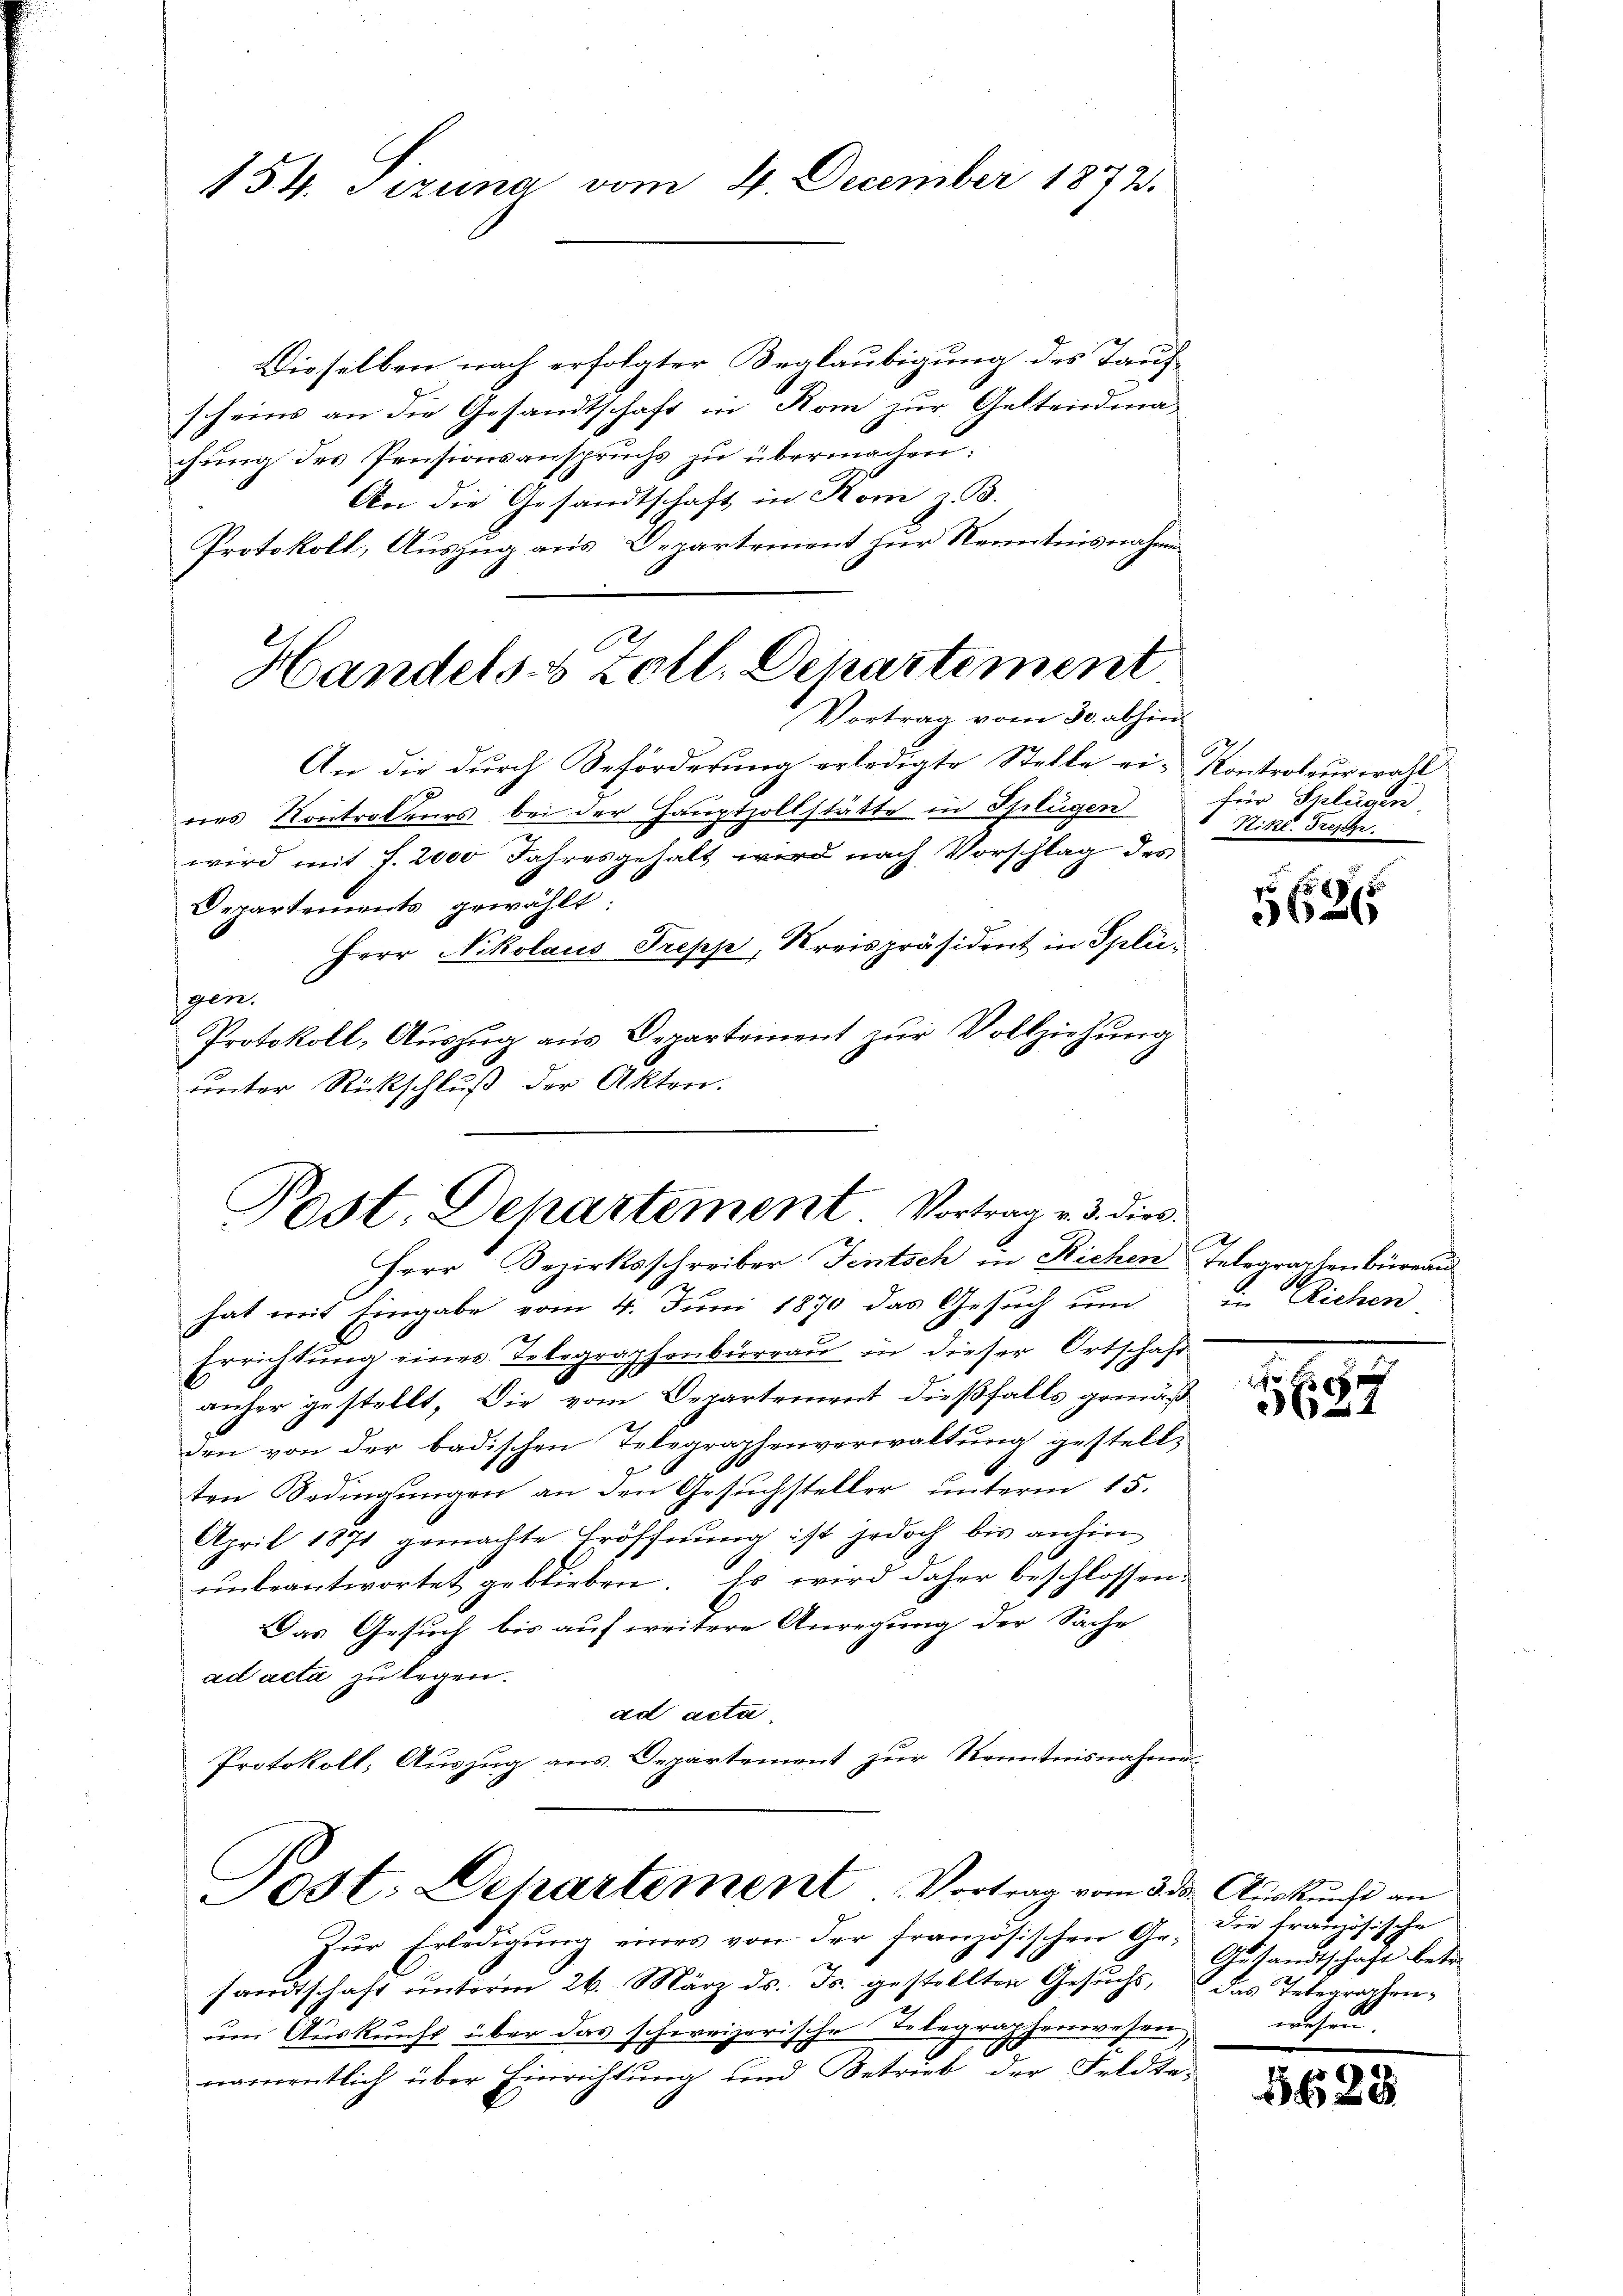
Dieselben nach erfolgter Beglaubigung des Taufscheins an die Gesandtschaft in Rom zur Geltendma-
chung des Pensionsanspruchs zu übermachen:
An die Gesandtschaft in Rom z. B.
Protokoll, Auszug aus Departement zur Kenntnisnahme
An die durch Beförderung erledigte Stelle ei- Kontroleur wahl
res Kontroleurs bei der Hauptzollstätte in Splügen
wird mit f. 2000 Jahresgehalt wird nach Vorschlag des
Departements gewählt
Herr Nikolaus Trepp, Kreispräsident in Splügen.
Protokoll, Aŭszŭg aŭs Departement zŭr Vollziehung
unter Rückschluß der Akten.

154. Sizung vom 4. December 1873.

Handels- & Zoll, Departement
Vortrag vom 30. abhin

Post, Dehartement. Vortrag v. 3. dies
Herr Bezirksschreiber Fentsch in Richen Telegraphenbüreau

hat mit Eingabe vom 4. Juni 1870 das Gesuch um in Richen
Errichtung eines Telegraphenbürrau in dieser Ortschaft
anher gestellt. Die vom Departement dießfalls gemäß
den von der badischen Telegraphenverwaltung gestellten Bedingŭngen an den Gesŭchsteller unterm 15.
April 1871 gemachte Eröffnung ist jedoch bis anhin
unbeantwortet geblieben. Es wird daher beschlossen:
Das Gesuch bis auf weitere Anregung der Sache
ad acta zu legen.
ad acta
Protokoll, Auszug aus. Departement zur Kenntnisnahme

Tost: Departement Vortrag vom 3. Aŭskŭnft an

für Sklügen.
Nikl. Treppe

Zŭr Erledigŭng eines von der französischen Ge-
sandtschaft unterm 26. März ds. Js. gestellten Gesuchs, das Telegraphenum Auskunft über das schweizerische Telegraphenwesen,
namentlich über Einrichtung und Betrieb der Feldte-

g
3626

e
1

Die Französische
Gesandtschaft betr.
wesen.

56.

8